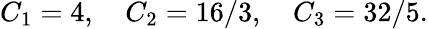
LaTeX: C_{1}=4,\quad C_{2}={16}/{3},\quad C_{3}={32}/{5}.